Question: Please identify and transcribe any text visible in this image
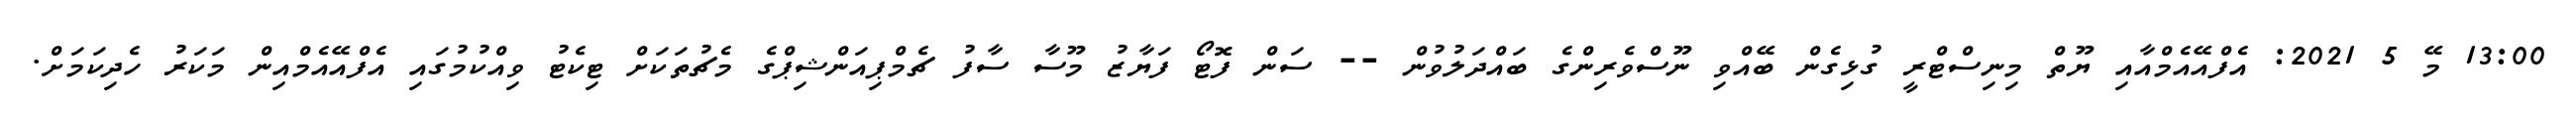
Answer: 13:00 މޭ 5 2021: އެފްއޭއެމްއާއި ޔޫތް މިނިސްޓްރީ ގުޅިގެން ބޭއްވި ނޫސްވެރިންގެ ބައްދަލުވުން -- ސަން ފޮޓޯ ފަޔާޒު މޫސާ ސާފު ޗެމްޕިއަންޝިޕްގެ މެޗުތަކަށް ޓިކެޓު ވިއްކުމުގައި އެފްއޭއެމްއިން މަކަރު ހެދިކަމަށް.